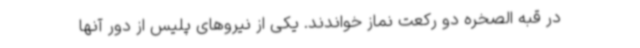
در قبه الصخره دو رکعت نماز خواندند. یکی از نیروهای پلیس از دور آنها